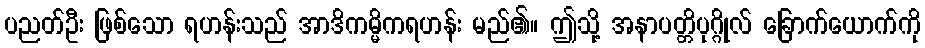
ပညတ်ဦး ဖြစ်သော ရဟန်းသည် အာဒိကမ္မိကရဟန်း မည်၏။ ဤသို့ အနာပတ္တိပုဂ္ဂိုလ် ခြောက်ယောက်ကို